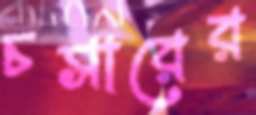
চসারের